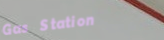
Gas Station